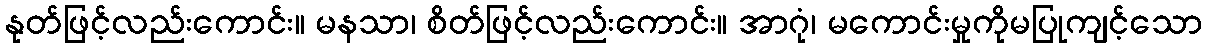
နုတ်ဖြင့်လည်းကောင်း။ မနသာ၊ စိတ်ဖြင့်လည်းကောင်း။ အာဂုံ၊ မကောင်းမှုကိုမပြုကျင့်သော